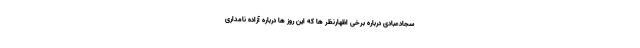
سجادعبادی درباره برخی اظهارنظر ها که این روز ها درباره آزاده نامداری